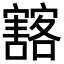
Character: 𡫲